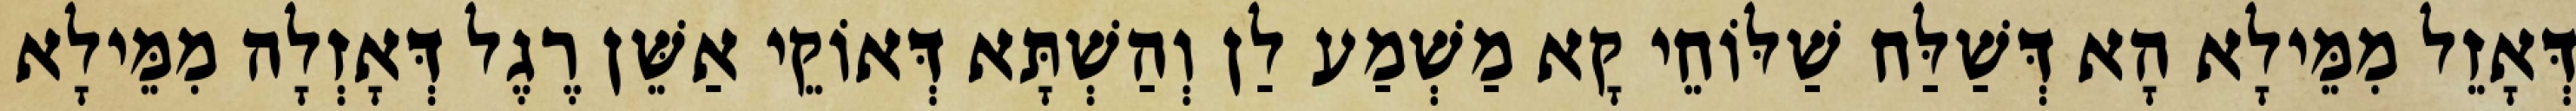
דְּאָזֵל מִמֵּילָא הָא דְּשַׁלַּח שַׁלּוֹחֵי קָא מַשְׁמַע לַן וְהַשְׁתָּא דְּאוֹקֵי אַשֵּׁן רֶגֶל דְּאָזְלָה מִמֵּילָא